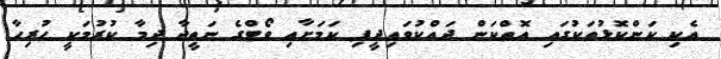
އެކި ކަންކޮޅުތަކުގައި އޮތްކަން ދައްކުވައިދީފި ކަމަށާއި ވޯޓްގެ ނަތީޖާ ދިމާ ކުރުމަކީ ހުރިހާ